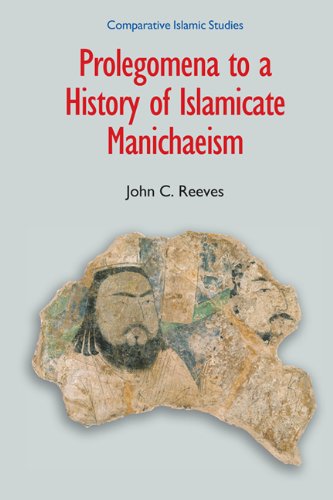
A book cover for Prolegomena to a History of Islamicate Manichaeism (Comparative Islamic Studies); Equinox Publishing; Christian Books & Bibles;